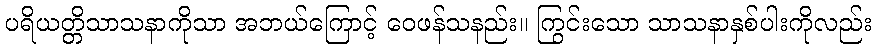
ပရိယတ္တိသာသနာကိုသာ အဘယ်ကြောင့် ဝေဖန်သနည်း။ ကြွင်းသော သာသနာနှစ်ပါးကိုလည်း